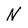
Character: N